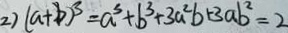
2 ) ( a + b ) ^ { 3 } = a ^ { 3 } + b ^ { 3 } + 3 a ^ { 2 } b + 3 a b ^ { 2 } = 2